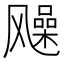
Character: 𩙰